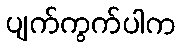
ပျက်ကွက်ပါက